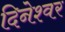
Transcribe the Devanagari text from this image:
दिनेश्वर